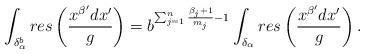
LaTeX: \begin{align*}\int_{\delta_{\alpha}^b}res\left( \frac{x^{\beta'}dx'}{g}\right)=b^{\sum_{j=1}^{n}\frac{\beta_j+1}{m_j}-1}\int_{\delta_{\alpha}} res\left( \frac{x^{\beta'}dx'}{g}\right).\end{align*}